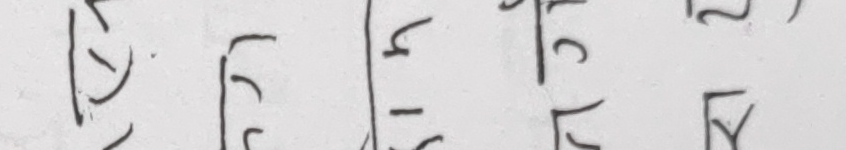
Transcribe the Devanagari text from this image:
इरगकपइअसहय